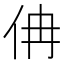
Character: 𠇦